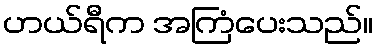
ဟယ်ရီက အကြံပေးသည်။